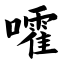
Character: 嚯